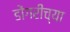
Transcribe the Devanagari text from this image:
डोंगरीच्या